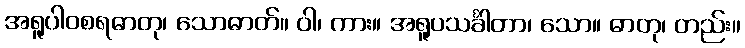
အရူပါဝစရဓာတု၊ သောဓာတ်။ ဝါ၊ ကား။ အရူပသင်္ခါတာ၊ သော။ ဓာတု၊ တည်း။